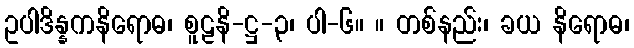
ဥပါဒိန္နကနိရောဓ၊ စူဠနိ-ဋ္ဌ-၃၊ ပါ-၆။ ။ တစ်နည်း၊ ခယ နိရောဓ၊